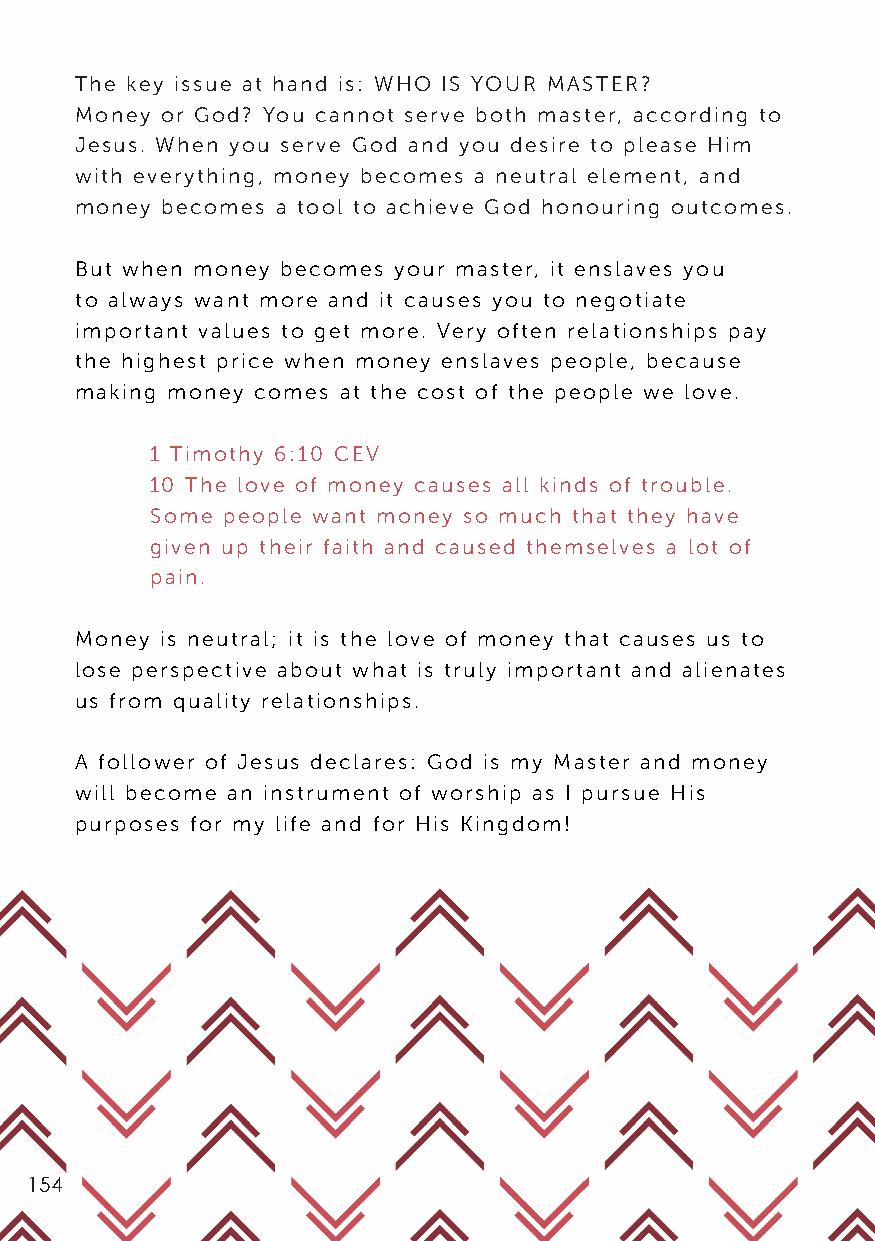
The key issue at hand is: WHO IS YOUR MASTER?
 Money or God? You cannot serve both master, according to
 Jesus. When you serve God and you desire to please Him
 with everything, money becomes a neutral element, and
 money becomes a tool to achieve God honouring outcomes.
 But when money becomes your master, it enslaves you
 to always want more and it causes you to negotiate
 important values to get more. Very often relationships pay
 the highest price when money enslaves people, because
 making money comes at the cost of the people we love.
 1 Timothy 6:10 CEV
 10 The love of money causes all kinds of trouble.
 Some people want money so much that they have
 given up their faith and caused themselves a lot of
 pain.
 Money is neutral; it is the love of money that causes us to
 lose perspective about what is truly important and alienates
 us from quality relationships.
 A follower of Jesus declares: God is my Master and money
 will become an instrument of worship as I pursue His
 purposes for my life and for His Kingdom!
 154